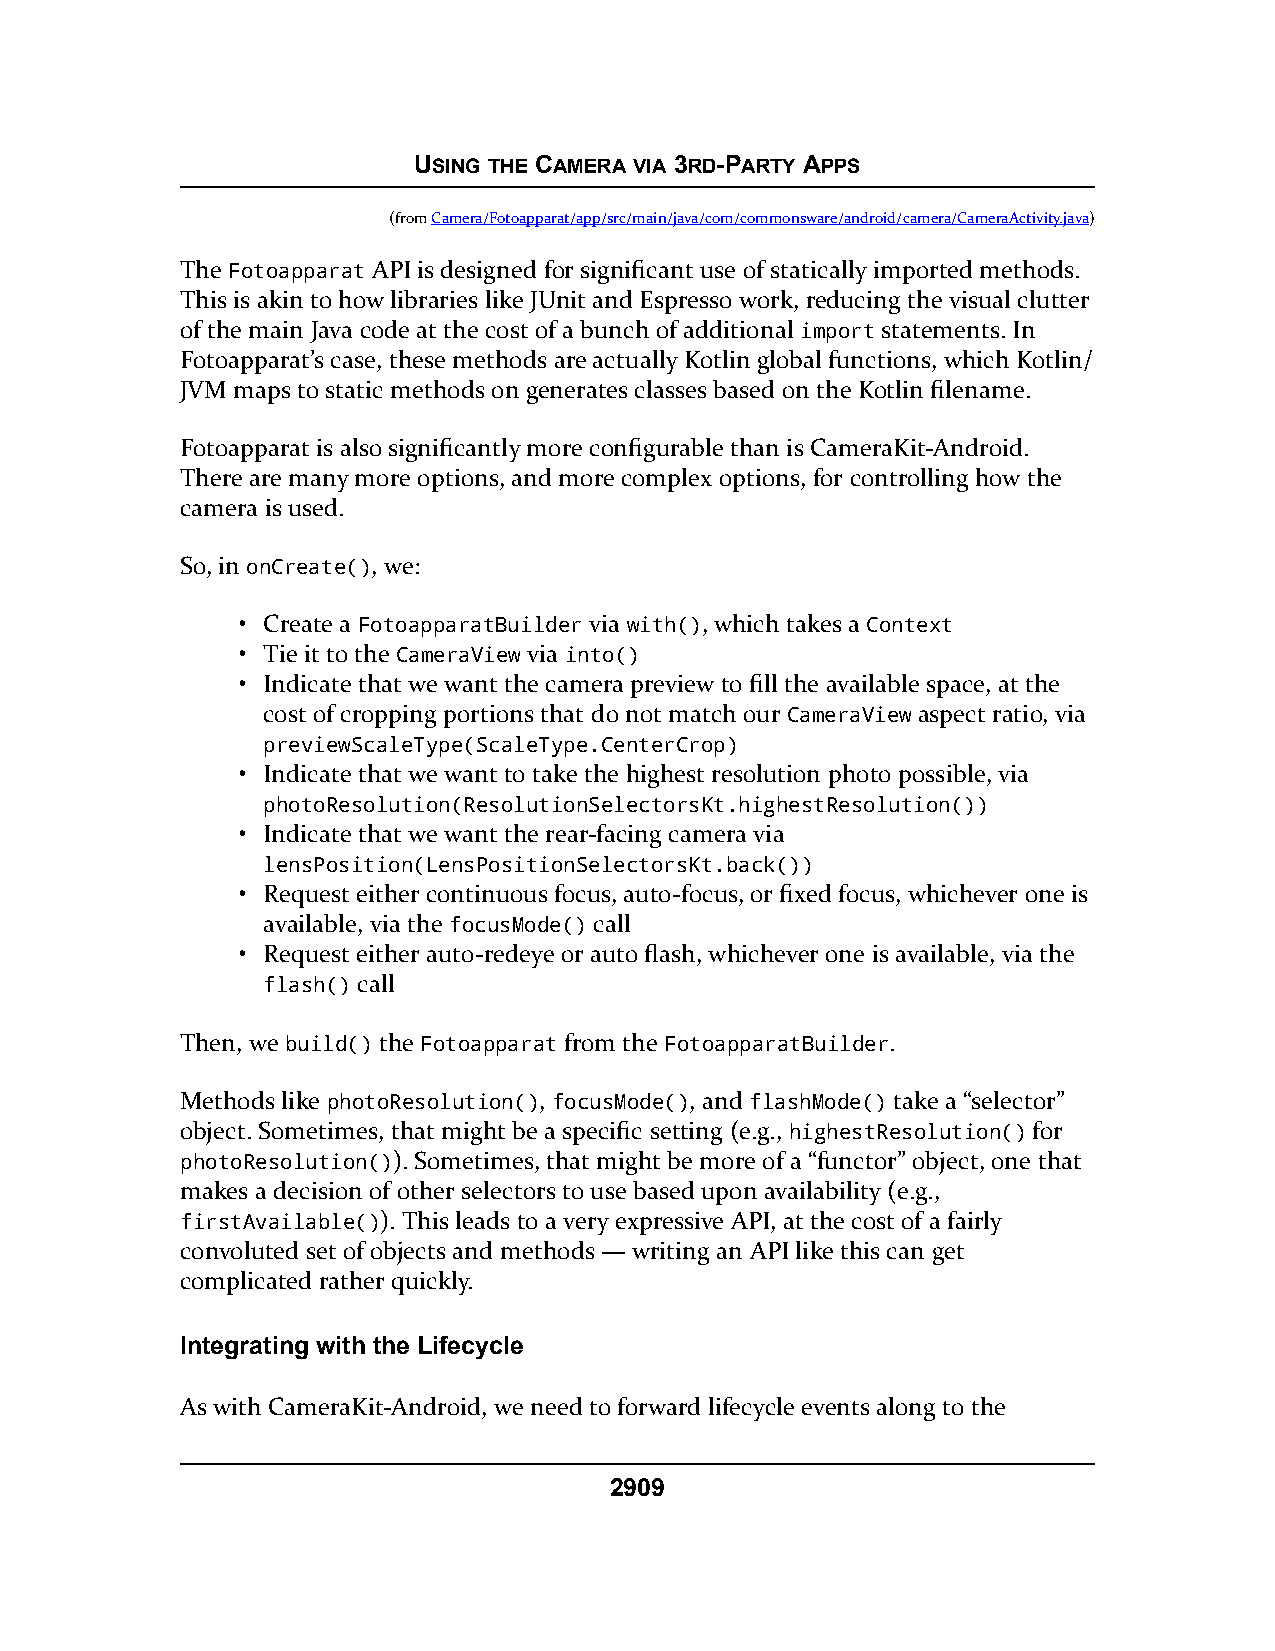
USING THE CAMERA VIA 3RD-PARTY APPS
 (fromCamera/Fotoapparat/app/src/main/java/com/commonsware/android/camera/CameraActivity.java)
 The Fotoapparat API is designed for significant use of statically imported methods.
 This is akin to how libraries like JUnit and Espresso work, reducing the visual clutter
 of the main Java code at the cost of a bunch of additional import statements. In
 Fotoapparat’s case, these methods are actually Kotlin global functions, which Kotlin/
 JVM maps to static methods on generates classes based on the Kotlin filename.
 Fotoapparat is also significantly more configurable than is CameraKit-Android.
 There are many more options, and more complex options, for controlling how the
 camera is used.
 So, in onCreate(), we:
 • Create a FotoapparatBuilder via with(), which takes a Context
 • Tie it to the CameraView via into()
 • Indicate that we want the camera preview to fill the available space, at the
 cost of cropping portions that do not match our CameraView aspect ratio, via
 previewScaleType(ScaleType.CenterCrop)
 • Indicate that we want to take the highest resolution photo possible, via
 photoResolution(ResolutionSelectorsKt.highestResolution())
 • Indicate that we want the rear-facing camera via
 lensPosition(LensPositionSelectorsKt.back())
 • Request either continuous focus, auto-focus, or fixed focus, whichever one is
 available, via the focusMode() call
 • Request either auto-redeye or auto flash, whichever one is available, via the
 flash() call
 Then, we build() the Fotoapparat from the FotoapparatBuilder.
 Methods like photoResolution(), focusMode(), and flashMode() take a “selector”
 object. Sometimes, that might be a specific setting (e.g., highestResolution() for
 photoResolution()). Sometimes, that might be more of a “functor” object, one that
 makes a decision of other selectors to use based upon availability (e.g.,
 firstAvailable()). This leads to a very expressive API, at the cost of a fairly
 convoluted set of objects and methods — writing an API like this can get
 complicated rather quickly.
 Integrating with the Lifecycle
 As with CameraKit-Android, we need to forward lifecycle events along to the
 2909